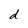
Character: d